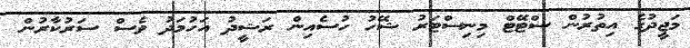
މަޖީދުގެ އިތުރުން ސްޓޭޓް މިނިސްޓަރު ޝޭހު ހުސެއިން ރަޝީދު އަހުމަދު ވެސް ސަރުކާރުން